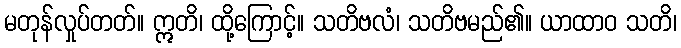
မတုန်လှုပ်တတ်။ ဣတိ၊ ထို့ကြောင့်။ သတိဗလံ၊ သတိဗမည်၏။ ယာထာဝ သတိ၊